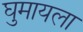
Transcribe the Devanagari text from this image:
घुमायला